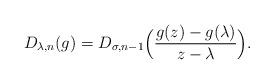
LaTeX: \begin{align*}D_{\lambda,n}(g) = D_{\sigma, n-1}\Big(\frac{g(z)-g(\lambda)}{z-\lambda}\Big).\end{align*}